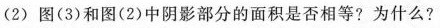
(2)图(3)和图(2)中阴影部分的面积是否相等?为什么?